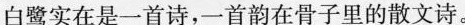
白鹭实在是一首诗，一首韵在骨子里的散文诗。